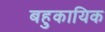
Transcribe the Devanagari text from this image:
बहुकायिक